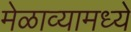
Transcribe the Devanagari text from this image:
मेळाव्यामध्ये